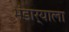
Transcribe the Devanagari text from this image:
भंडार्‍याला